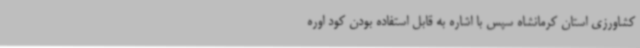
کشاورزی استان کرمانشاه سپس با اشاره به قابل استفاده بودن کود اوره